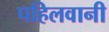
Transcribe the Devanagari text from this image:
पहिलवानी